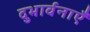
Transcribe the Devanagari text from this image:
दुभार्वनाएँ